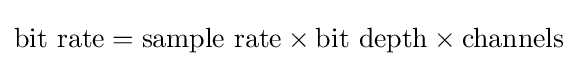
{\text{bit rate}}={\text{sample rate}}\times {\text{bit depth}}\times {\text{channels}}